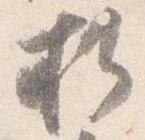
折